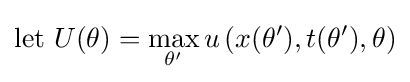
{\text{let }}U(\theta )=\max _{\theta '}u\left(x(\theta '),t(\theta '),\theta \right)